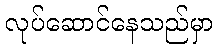
လုပ်ဆောင်နေသည်မှာ